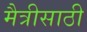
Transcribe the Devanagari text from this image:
मैत्रीसाठी